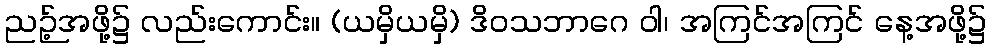
ညဉ့်အဖို့၌ လည်းကောင်း။ (ယမှိယမှိ) ဒိဝသဘာဂေ ဝါ၊ အကြင်အကြင် နေ့အဖို့၌